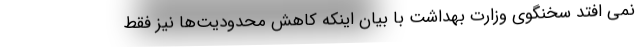
نمی افتد سخنگوی وزارت بهداشت با بیان اینکه کاهش محدودیت‌ها نیز فقط